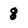
Character: g